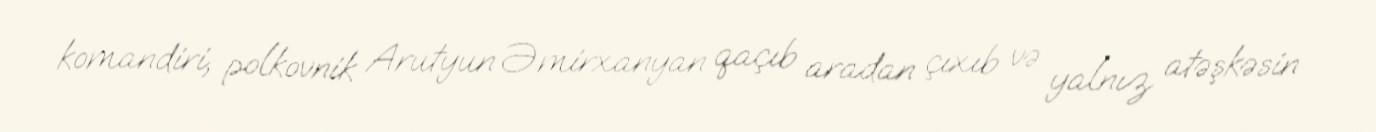
komandiri, polkovnik Arutyun Əmirxanyan qaçıb aradan çıxıb və yalnız atəşkəsin